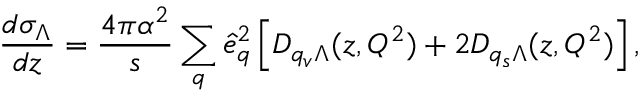
\frac { d \sigma _ { \Lambda } } { d z } = \frac { 4 \pi \alpha ^ { 2 } } { s } \sum _ { q } \hat { e } _ { q } ^ { 2 } \left[ D _ { q _ { v } \Lambda } ( z , Q ^ { 2 } ) + 2 D _ { q _ { s } \Lambda } ( z , Q ^ { 2 } ) \right] ,